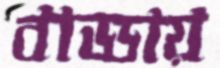
বাড্ডায়